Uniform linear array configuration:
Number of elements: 64
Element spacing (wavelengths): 1
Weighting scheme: blackman
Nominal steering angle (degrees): -60
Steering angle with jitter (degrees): -58.578
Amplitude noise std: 0.05
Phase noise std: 0.05

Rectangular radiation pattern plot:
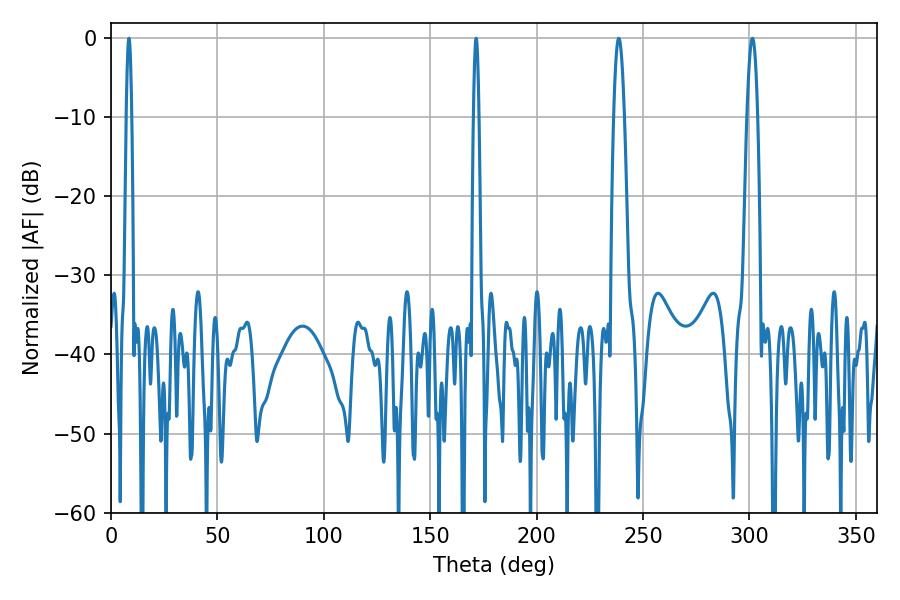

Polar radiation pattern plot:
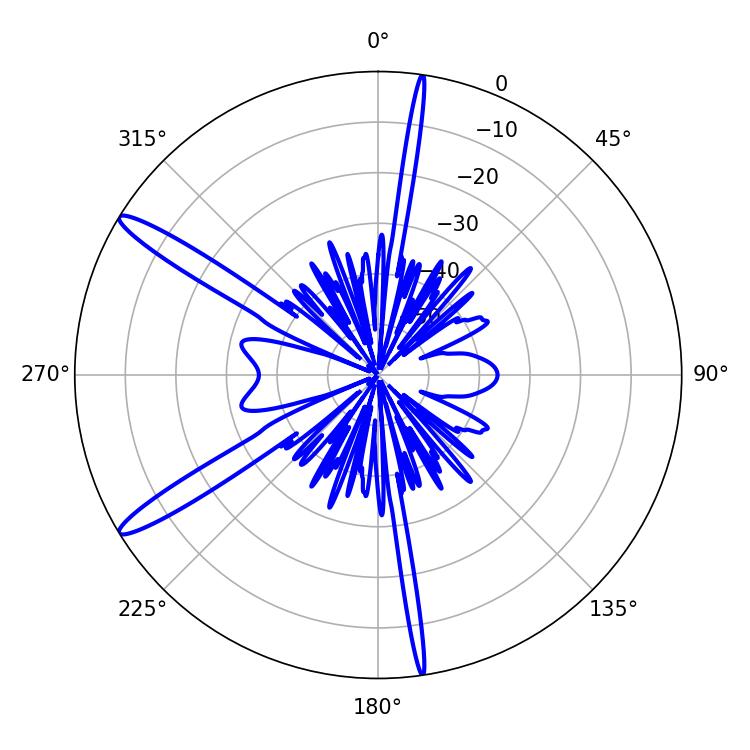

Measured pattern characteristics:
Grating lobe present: TRUE
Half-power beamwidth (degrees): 1.44
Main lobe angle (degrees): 171.54